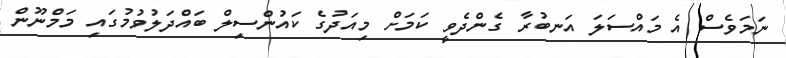
ނަމަވެސް އެ މައްސަލަ އަނބުރާ ގެންދެވީ ކަމަށް މިއަދުގެ ކައުންސިލް ބައްދަލުވުމުގައި މަމްނޫން